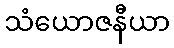
သံယောဇနီယာ